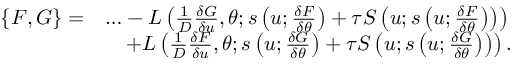
\begin{array} { r l } { \{ F , G \} = } & { \ldots - L \left( \frac { 1 } { D } \frac { \delta G } { \delta u } , \theta ; s \left( u ; \frac { \delta F } { \delta \theta } \right) + \tau S \left( u ; s \left( u ; \frac { \delta F } { \delta \theta } \right) \right) \right) } \\ & { \quad + L \left( \frac { 1 } { D } \frac { \delta F } { \delta u } , \theta ; s \left( u ; \frac { \delta G } { \delta \theta } \right) + \tau S \left( u ; s \left( u ; \frac { \delta G } { \delta \theta } \right) \right) \right) . } \end{array}